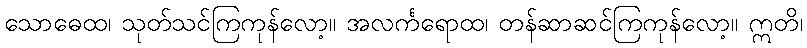
သောဓေထ၊ သုတ်သင်ကြကုန်လော့။ အလင်္ကရောထ၊ တန်ဆာဆင်ကြကုန်လော့။ ဣတိ၊